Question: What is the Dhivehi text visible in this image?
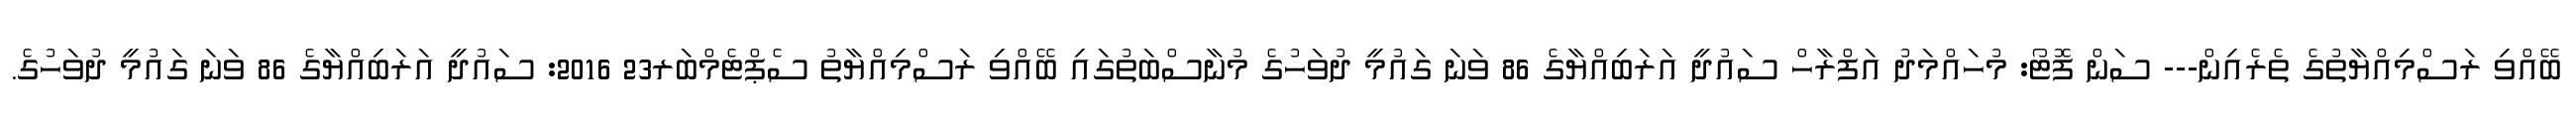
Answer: ބޭއްވި ރަސްމިއްޔާތުގެ ތެރެއިން--- ސަން ފޮޓޯ: މުހައްމަދު އަފްރާހް ސައުދީ އަރަބިއްޔާގެ 86 ވަނަ ގައުމީ ދުވަހުގެ މުނާސްބަތުގައި ބޭއްވި ރަސްމިއްޔާތު ސެޕްޓެމްބަރ23 2016: ސައުދީ އަރަބިއްޔާގެ 86 ވަނަ ގައުމީ ދުވަހުގެ.